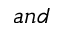
a n d